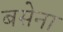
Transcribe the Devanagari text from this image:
बसेना